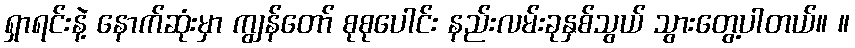
ရှာရင်းနဲ့ နောက်ဆုံးမှာ ကျွန်တော် စုစုပေါင်း နည်းလမ်းခုနှစ်သွယ် သွားတွေ့ပါတယ်။ ။